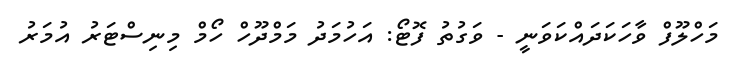
މަހްލޫފް ވާހަކަދައްކަވަނީ - ވަގުތު ފޮޓޯ: އަހުމަދު މަމްދޫހް ހޯމް މިނިސްޓަރު އުމަރު